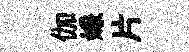
伽嫌片